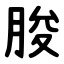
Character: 朘